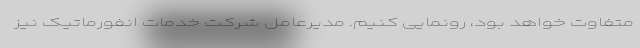
متفاوت خواهد بود، رونمایی کنیم. مدیرعامل شرکت خدمات انفورماتیک نیز